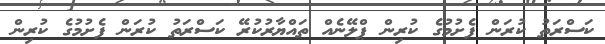
ކަސްރަތު ކުރަން ފެށުމުގެ ކުރިން ޕްލޭނެއް ތައްޔާރުކުރޭ ކަސްރަތު ކުރަން ފެށުމުގެ ކުރިން